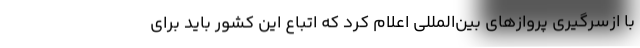
با ازسرگیری پروازهای بین‌المللی اعلام کرد که اتباع این کشور باید برای